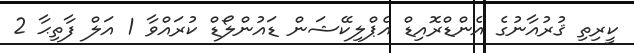
ކީރިތި ޤުރުއާނުގެ އެންޑްރޮއިޑް އެޕްލިކޭޝަން ޑައުންލޯޑް ކުރައްވާ 1 އަލް ފާތިޙާ 2